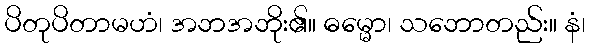
ပိတုပိတာမဟံ၊ အဘအဘိုး၏။ ဓမ္မော၊ သဘောတည်း။ နံ၊